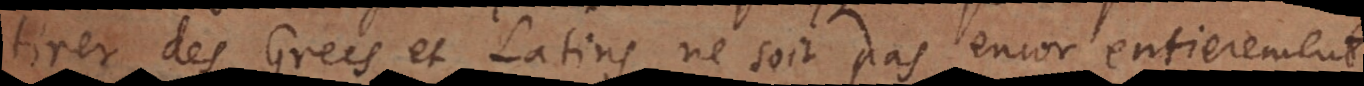
tirer des Grecs et Latins ne soit pas encor entierement